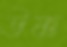
উষ্ণ